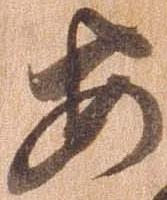
安